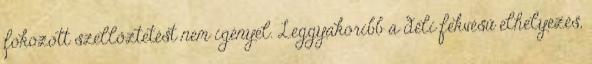
fokozott szellőztetést nem igényel. Leggyakoribb a déli fekvésű elhelyezés,